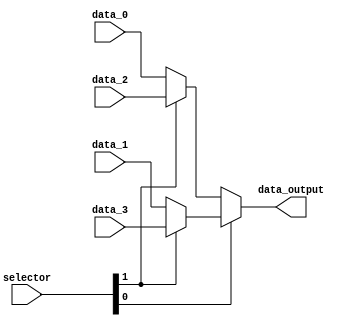
module Mux4Bits (
    input  wire [1:0]  selector,
    input  wire [31:0] data_0,
    input  wire [31:0] data_1,
    input  wire [31:0] data_2,
    input  wire [31:0] data_3,
    output wire [31:0] data_output
);
    assign data_output = selector[0] ? (selector[1] ?  data_3 : data_1) : (selector[1] ? data_2 : data_0);
endmodule